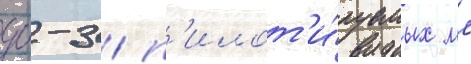
дб-3 / п'илот'и́руемых мл